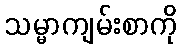
သမ္မာကျမ်းစာကို